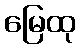
မြေထု